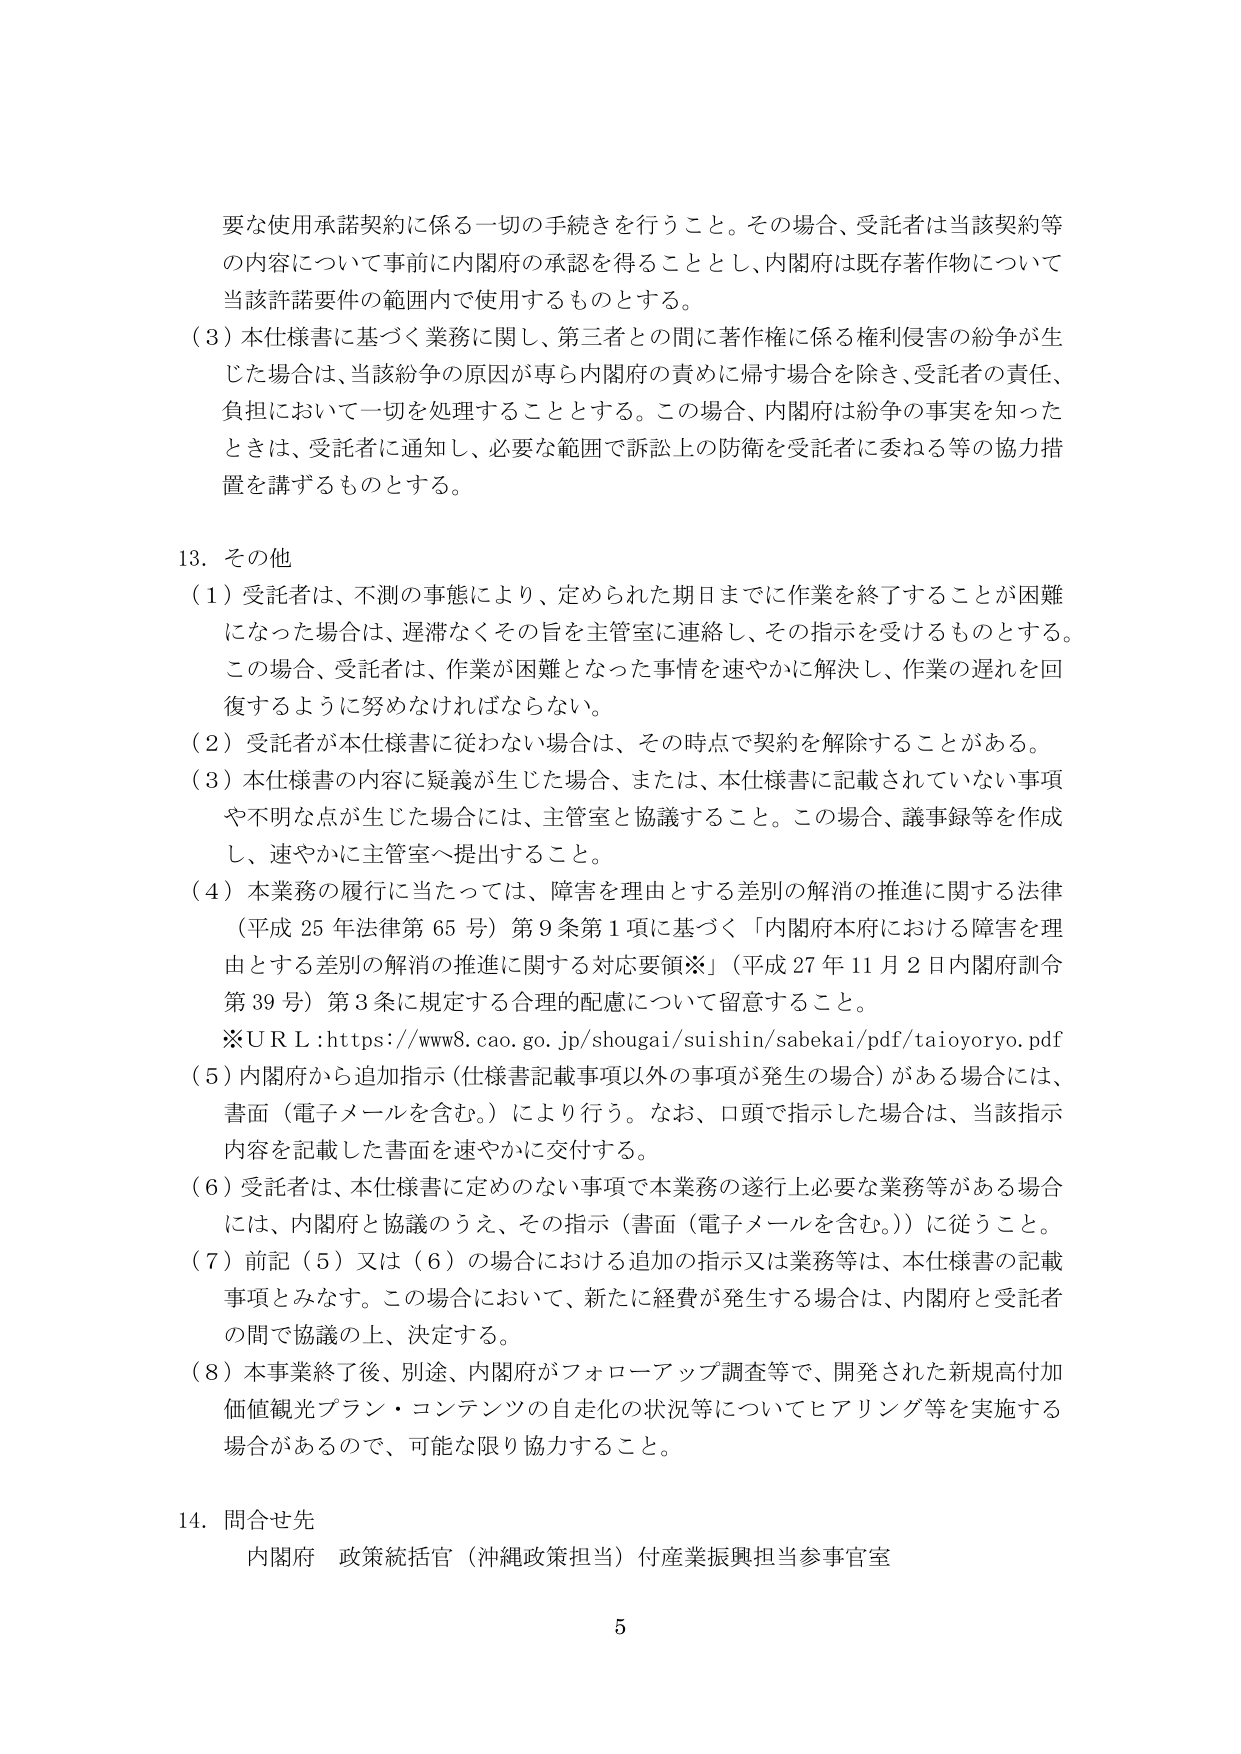
要な使用承諾契約に係る一切の手続きを行うこと。その場合、受託者は当該契約等の内容について事前に内閣府の承認を得ることとし、内閣府は既存著作物について当該許諾要件の範囲内で使用するものとする。

（３）本仕様書に基づく業務に関し、第三者との間に著作権に係る権利侵害の紛争が生じた場合は、当該紛争の原因が専ら内閣府の責めに帰す場合を除き、受託者の責任、負担において一切を処理することとする。この場合、内閣府は紛争の事実を知ったときは、受託者に通知し、必要な範囲で訴訟上の防衛を受託者に委ねる等の協力措置を講ずるものとする。

13. その他

（１）受託者は、不測の事態により、定められた期日までに作業を終了することが困難になった場合は、遅滞なくその旨を主管室に連絡し、その指示を受けるものとする。この場合、受託者は、作業が困難となった事情を速やかに解決し、作業の遅れを回復するように努めなければならない。

（２）受託者が本仕様書に従わない場合は、その時点で契約を解除することがある。

（３）本仕様書の内容に疑義が生じた場合、または、本仕様書に記載されていない事項や不明な点が生じた場合には、主管室と協議すること。この場合、議事録等を作成し、速やかに主管室へ提出すること。

（４）本業務の履行に当たっては、障害を理由とする差別の解消の推進に関する法律（平成25年法律第65号）第9条第1項に基づく「内閣府本府における障害を理由とする差別の解消の推進に関する対応要領※」（平成27年11月2日内閣府訓令第39号）第3条に規定する合理的配慮について留意すること。

※ＵＲＬ：https://www8.cao.go.jp/shougai/suishin/sabekai/pdf/taioyoryo.pdf

（５）内閣府から追加指示（仕様書記載事項以外の事項が発生の場合）がある場合には、書面（電子メールを含む。）により行う。なお、口頭で指示した場合は、当該指示内容を記載した書面を速やかに交付する。

（６）受託者は、本仕様書に定めのない事項で本業務の遂行上必要な業務等がある場合には、内閣府と協議のうえ、その指示（書面（電子メールを含む。））に従うこと。

（７）前記（５）又は（６）の場合における追加の指示又は業務等は、本仕様書の記載事項とみなす。この場合において、新たに経費が発生する場合は、内閣府と受託者の間で協議の上、決定する。

（８）本事業終了後、別途、内閣府がフォローアップ調査等で、開発された新規高付加価値観光プラン・コンテンツの自走化の状況等についてヒアリング等を実施する場合があるので、可能な限り協力すること。

14. 問合せ先
内閣府 政策統括官（沖縄政策担当）付産業振興担当参事官室

5